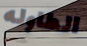
الطاوله